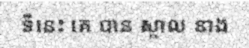
ទីនេះ គេ បាន ស្គាល នាង